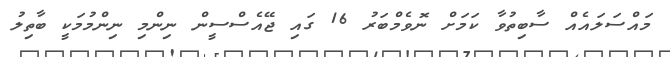
މައްސަލައެއް ސާބިތުވާ ކަމަށް ނޮވެމްބަރު 16 ގައި ޖޭއެސްސީން ނިންމި ނިންމުމަކީ ބާތިލު